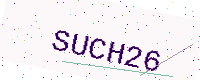
Text: SUCH26